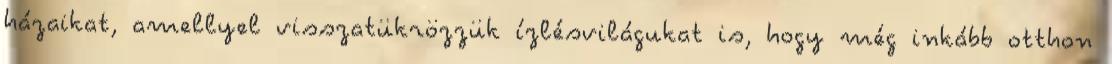
házaikat, amellyel visszatükrözzük ízlésvilágukat is, hogy még inkább otthon